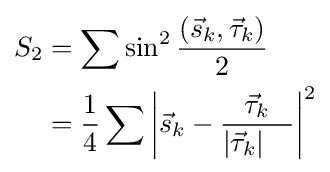
{\begin{alignedat}{2}S_{2}&=\sum \sin ^{2}{\frac {({\vec {s}}_{k},{\vec {\tau }}_{k})}{2}}\\&={\frac {1}{4}}\sum {\left|{\vec {s}}_{k}-{\frac {{\vec {\tau }}_{k}}{\left|{\vec {\tau }}_{k}\right\vert \quad }}\right\vert }^{2}\\\end{alignedat}}